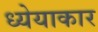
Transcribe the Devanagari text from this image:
ध्येयाकार